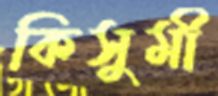
কিসুমী